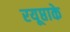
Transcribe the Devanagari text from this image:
रयूप्ताके